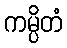
ကမ္ပိတံ